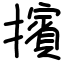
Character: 擯